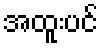
အထူးပင်